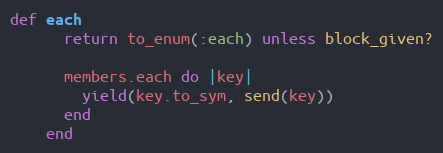
Language: Ruby
def each
      return to_enum(:each) unless block_given?

      members.each do |key|
        yield(key.to_sym, send(key))
      end
    end